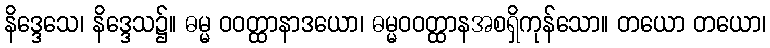
နိဒ္ဒေသေ၊ နိဒ္ဒေသ၌။ ဓမ္မ ဝဝတ္ထာနာဒယော၊ ဓမ္မဝဝတ္ထာနအစရှိကုန်သော။ တယော တယော၊